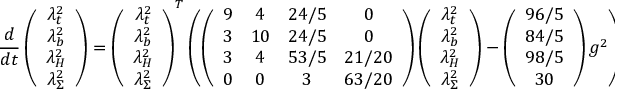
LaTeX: \frac { d } { d t } \left( \begin{array} { c } { { { \lambda } _ { t } ^ { 2 } } } \\ { { { \lambda } _ { b } ^ { 2 } } } \\ { { { \lambda } _ { H } ^ { 2 } } } \\ { { { \lambda } _ { \Sigma } ^ { 2 } } } \end{array} \right) = \left( \begin{array} { c } { { { \lambda } _ { t } ^ { 2 } } } \\ { { { \lambda } _ { b } ^ { 2 } } } \\ { { { \lambda } _ { H } ^ { 2 } } } \\ { { { \lambda } _ { \Sigma } ^ { 2 } } } \end{array} \right) ^ { T } \left( \left( \begin{array} { c c c c } { { 9 } } & { { 4 } } & { { 2 4 / 5 } } & { { 0 } } \\ { { 3 } } & { { 1 0 } } & { { 2 4 / 5 } } & { { 0 } } \\ { { 3 } } & { { 4 } } & { { 5 3 / 5 } } & { { 2 1 / 2 0 } } \\ { { 0 } } & { { 0 } } & { { 3 } } & { { 6 3 / 2 0 } } \end{array} \right) \left( \begin{array} { c } { { { \lambda } _ { t } ^ { 2 } } } \\ { { { \lambda } _ { b } ^ { 2 } } } \\ { { { \lambda } _ { H } ^ { 2 } } } \\ { { { \lambda } _ { \Sigma } ^ { 2 } } } \end{array} \right) - \left( \begin{array} { c } { { 9 6 / 5 } } \\ { { 8 4 / 5 } } \\ { { 9 8 / 5 } } \\ { { 3 0 } } \end{array} \right) g ^ { 2 } \right) ,